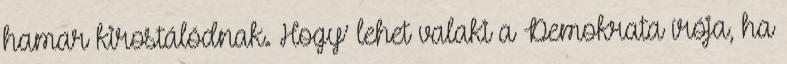
ha­mar kirostálódnak. Hogy’ lehet valaki a Demokrata írója, ha